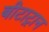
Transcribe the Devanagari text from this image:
बीटाट्रान